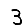
Digit: 3